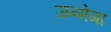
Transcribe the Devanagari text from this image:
जन्मेगा